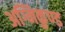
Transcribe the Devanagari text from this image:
अग्निकुण्ड